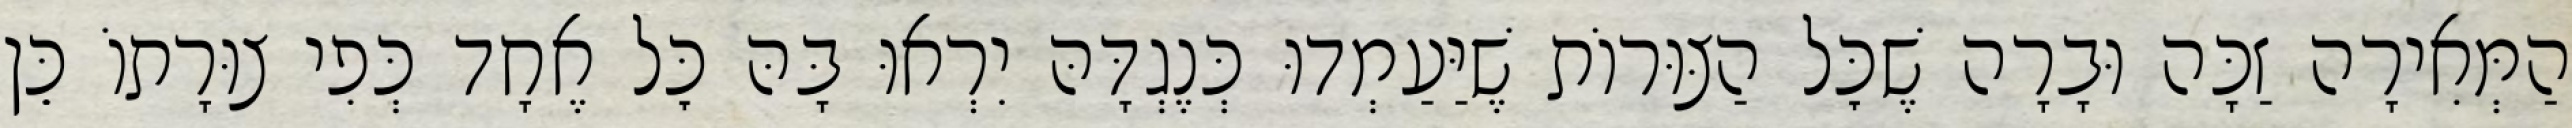
הַמְּאִירָה זַכָּה וּבָרָה שֶׁכׇּל הַצּוּרוֹת שֶׁיַּעַמְדוּ כְּנֶגְדָּהּ יִרְאוּ בָּהּ כׇּל אֶחָד כְּפִי צוּרָתוֹ כֵּן